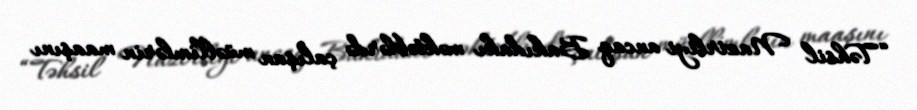
“Təhsil Nazirliyi ancaq Bakıdakı məktəblərdə çalışan müəllimlərin maaşını